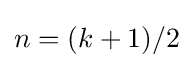
n=(k+1)/2